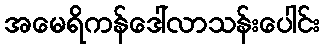
အမေရိကန်ဒေါ်လာသန်းပေါင်း